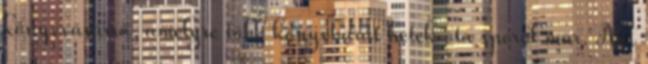
könyvvásárrá, amelyre több könyvbarát hetek óta spórol már. Aki